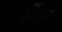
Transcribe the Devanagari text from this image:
कींचड़